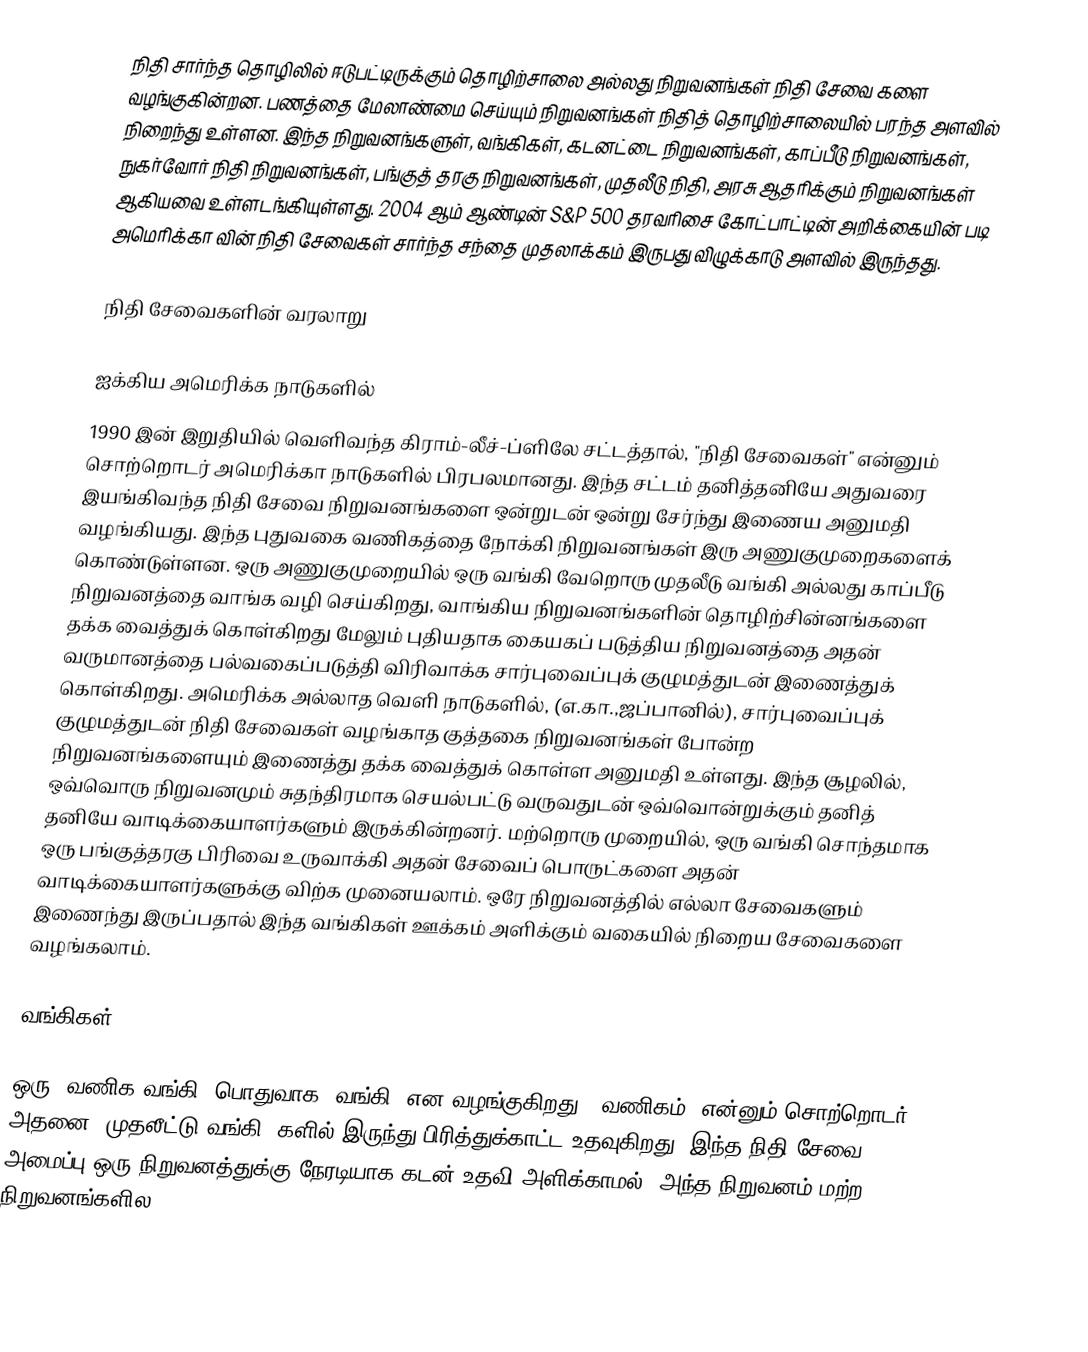
நிதி சார்ந்த தொழிலில் ஈடுபட்டிருக்கும் தொழிற்சாலை அல்லது நிறுவனங்கள் நிதி சேவை களை வழங்குகின்றன. பணத்தை மேலாண்மை செய்யும் நிறுவனங்கள் நிதித் தொழிற்சாலையில் பரந்த அளவில் நிறைந்து உள்ளன. இந்த நிறுவனங்களுள், வங்கிகள், கடனட்டை நிறுவனங்கள், காப்பீடு நிறுவனங்கள், நுகர்வோர் நிதி நிறுவனங்கள், பங்குத் தரகு நிறுவனங்கள், முதலீடு நிதி, அரசு ஆதரிக்கும் நிறுவனங்கள் ஆகியவை உள்ளடங்கியுள்ளது. 2004 ஆம் ஆண்டின் S&P 500 தரவரிசை கோட்பாட்டின் அறிக்கையின் படி அமெரிக்கா வின் நிதி சேவைகள் சார்ந்த சந்தை முதலாக்கம் இருபது விழுக்காடு அளவில் இருந்தது.

நிதி சேவைகளின் வரலாறு

ஐக்கிய அமெரிக்க நாடுகளில்
1990 இன் இறுதியில் வெளிவந்த கிராம்-லீச்-ப்ளிலே சட்டத்தால், "நிதி சேவைகள்" என்னும் சொற்றொடர் அமெரிக்கா நாடுகளில் பிரபலமானது. இந்த சட்டம் தனித்தனியே அதுவரை இயங்கிவந்த நிதி சேவை நிறுவனங்களை ஒன்றுடன் ஒன்று சேர்ந்து இணைய அனுமதி வழங்கியது. இந்த புதுவகை வணிகத்தை நோக்கி நிறுவனங்கள் இரு அணுகுமுறைகளைக் கொண்டுள்ளன. ஒரு அணுகுமுறையில் ஒரு வங்கி வேறொரு முதலீடு வங்கி அல்லது காப்பீடு நிறுவனத்தை வாங்க வழி செய்கிறது, வாங்கிய நிறுவனங்களின் தொழிற்சின்னங்களை தக்க வைத்துக் கொள்கிறது மேலும் புதியதாக கையகப் படுத்திய நிறுவனத்தை அதன் வருமானத்தை பல்வகைப்படுத்தி விரிவாக்க சார்புவைப்புக் குழுமத்துடன் இணைத்துக் கொள்கிறது. அமெரிக்க அல்லாத வெளி நாடுகளில், (எ.கா.,ஜப்பானில்), சார்புவைப்புக் குழுமத்துடன் நிதி சேவைகள் வழங்காத குத்தகை நிறுவனங்கள் போன்ற நிறுவனங்களையும் இணைத்து தக்க வைத்துக் கொள்ள அனுமதி உள்ளது. இந்த சூழலில், ஒவ்வொரு நிறுவனமும் சுதந்திரமாக செயல்பட்டு வருவதுடன் ஒவ்வொன்றுக்கும் தனித் தனியே வாடிக்கையாளர்களும் இருக்கின்றனர். மற்றொரு முறையில், ஒரு வங்கி சொந்தமாக ஒரு பங்குத்தரகு பிரிவை உருவாக்கி அதன் சேவைப் பொருட்களை அதன் வாடிக்கையாளர்களுக்கு விற்க முனையலாம். ஒரே நிறுவனத்தில் எல்லா சேவைகளும் இணைந்து இருப்பதால் இந்த வங்கிகள் ஊக்கம் அளிக்கும் வகையில் நிறைய சேவைகளை வழங்கலாம்.

வங்கிகள்

ஒரு "வணிக வங்கி" பொதுவாக "வங்கி" என வழங்குகிறது. "வணிகம்" என்னும் சொற்றொடர் அதனை "முதலீட்டு வங்கி" களில் இருந்து பிரித்துக்காட்ட உதவுகிறது. இந்த நிதி சேவை அமைப்பு ஒரு நிறுவனத்துக்கு நேரடியாக கடன் உதவி அளிக்காமல், அந்த நிறுவனம் மற்ற நிறுவனங்களில